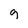
Character: g